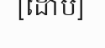
[ដោប]